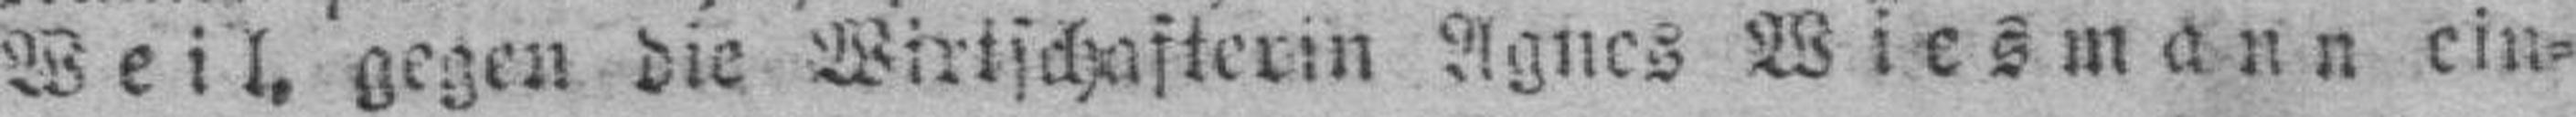
Weil, gegen die Wirtschafterin Agnes Wiesmann ein¬